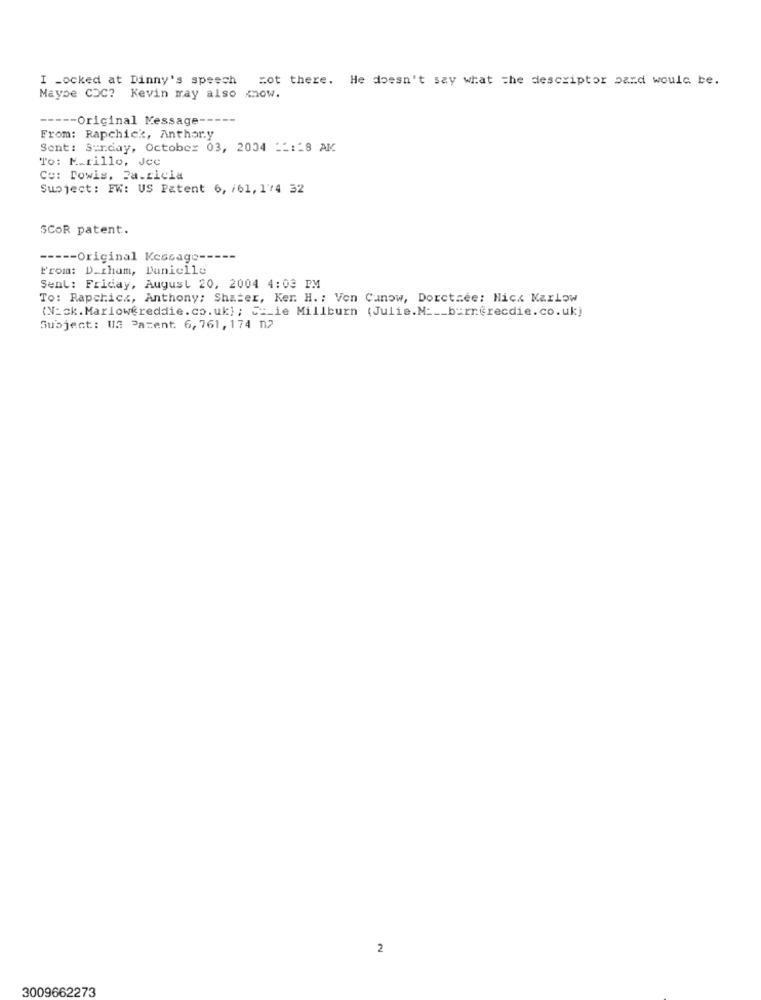
I Locked at Dinny's speech
zot there. He doesn't say what the descriptor pard would be.
Maybe COC? Kevin may also know.
-- Original Message --
From: Rapchick, Anthary
Sent: Sunday, October 03, 2004 __:- 8 AM
To: K.rillo, Jec
Co: Dowis, Ja.ricia
Subject: FW: US Patent 6, /61, 174 32
SCOR patent.
----- Original Message --
L'roma: D_cham, Danielle
Sent: Friday, August 20, 2004 4:03 PM
To: Rapchicz, Anthony; Shater, Ker. H. : Von Canow, Dorctzee: Nick Karlow
(N=ck. Marlowereddie. co. uk); __ ie Millburn (Julie.M ___ b=rn@recdie.co.uk)
Subject: US Patent. 6, 761, 174 n2
2
3009662273